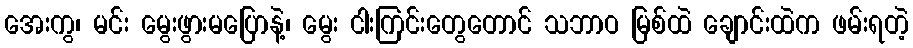
အေးကွ၊ မင်း မွေးဖွားမပြောနဲ့၊ မွေး ငါးကြင်းတွေတောင် သဘာဝ မြစ်ထဲ ချောင်းထဲက ဖမ်းရတဲ့